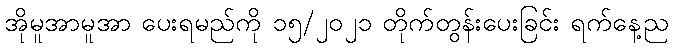
အိုမူအာမူအာ ပေးရမည်ကို ၁၅/၂၀၂၁ တိုက်တွန်းပေးခြင်း ရက်နေ့ည